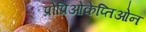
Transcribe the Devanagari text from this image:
प्रोप्रिओकेप्तिओन